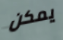
يمكن